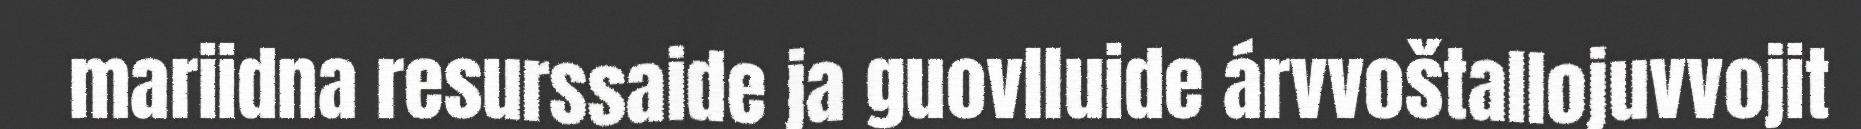
mariidna resurssaide ja guovlluide árvvoštallojuvvojit